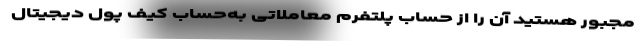
مجبور هستید آن را از حساب پلتفرم معاملاتی به‌حساب کیف پول دیجیتال